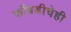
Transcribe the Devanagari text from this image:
कोंबडीचेही